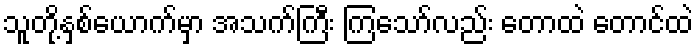
သူတို့နှစ်ယောက်မှာ အသက်ကြီး ကြသော်လည်း တောထဲ တောင်ထဲ